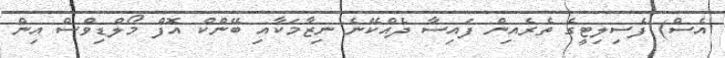
އެސް) ފެސިލިޓީގެ ތެރެއިން ފައިސާ ދެއްކޭނެ ނިޒާމަކާއި ބޭންކް އޮފް މޯލްޑިވްސް އިން